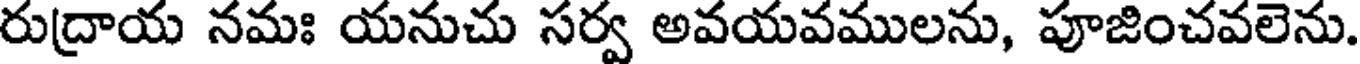
రుద్రాయ నమః యనుచు సర్వ అవయవములను, పూజించవలెను.